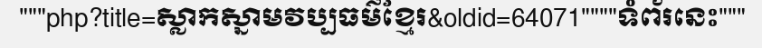
"""php?title=ស្លាកស្នាមវប្បធម៌ខ្មែរ&oldid=64071""""ទំព័រនេះ"""